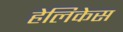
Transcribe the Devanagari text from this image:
हेलिकेस